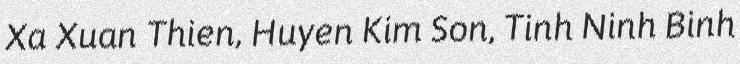
Xa Xuan Thien, Huyen Kim Son, Tinh Ninh Binh